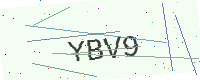
Text: YBV9